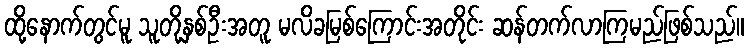
ထို့နောက်တွင်မူ သူတို့နှစ်ဦးအတူ မလိခမြစ်ကြောင်းအတိုင်း ဆန်တက်လာကြမည်ဖြစ်သည်။